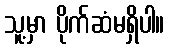
သူ့မှာ ပိုက်ဆံမရှိပါ။